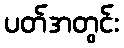
ပတ်အတွင်း